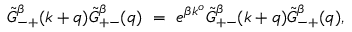
\tilde { G } _ { - + } ^ { \beta } ( k + q ) \tilde { G } _ { + - } ^ { \beta } ( q ) \ = \ e ^ { \beta k ^ { o } } \tilde { G } _ { + - } ^ { \beta } ( k + q ) \tilde { G } _ { - + } ^ { \beta } ( q ) ,